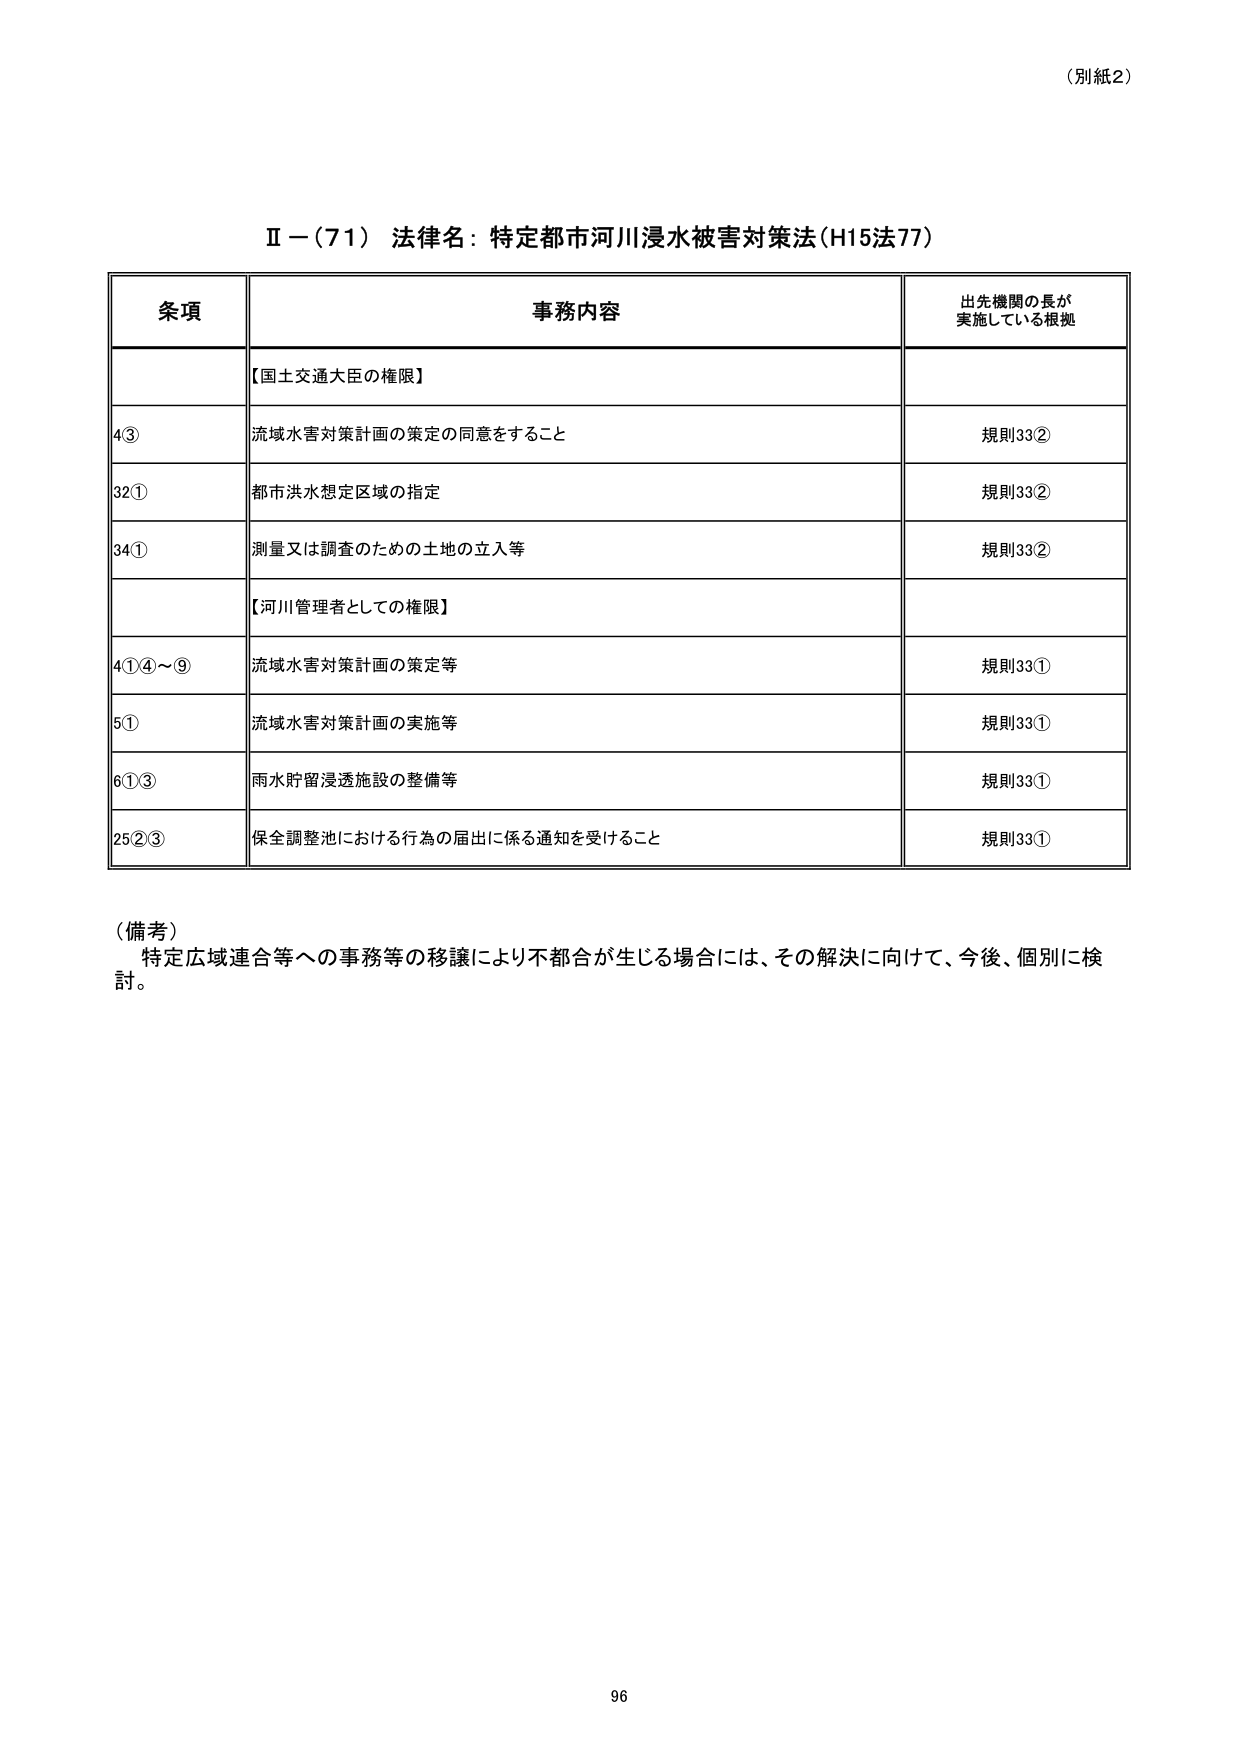
（別紙2）

Ⅱ－（71） 法律名：特定都市河川浸水被害対策法（H15法77）

条項 事務内容 出先機関の長が 実施している根拠

【国土交通大臣の権限】

4③ 流域水害対策計画の策定の同意をすること 規則33②

32① 都市洪水想定区域の指定 規則33②

34① 測量又は調査のための土地の立入等 規則33②

【河川管理者としての権限】

4①④～⑨ 流域水害対策計画の策定等 規則33①

5① 流域水害対策計画の実施等 規則33①

6①③ 雨水貯留浸透施設の整備等 規則33①

25②③ 保全調整池における行為の届出に係る通知を受けること 規則33①

（備考）
特定広域連合等への事務等の移譲により不都合が生じる場合には、その解決に向けて、今後、個別に検討。

96